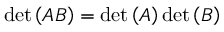
\mathrm { d e t } \left( \boldsymbol { A } \boldsymbol { B } \right) = \mathrm { d e t } \left( \boldsymbol { A } \right) \mathrm { d e t } \left( \boldsymbol { B } \right)